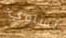
تساوي